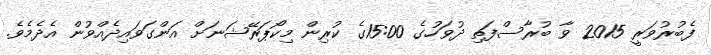
ފެބުރުވަރީ 2015 ވާ ބުރާސްފަތި ދުވަހުގެ 15:00ގެ ކުރިން މިކޯޕަރޭޝަނަށް އަންގަވައިދެއްވުން އެދެމެވެ.